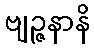
ဗျဉ္ဇနာနိ